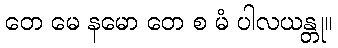
တေ မေ နမော တေ စ မံ ပါလယန္တု။